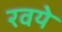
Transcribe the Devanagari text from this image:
रवये